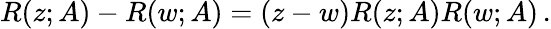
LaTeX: R(z;A)-R(w;A)=(z-w)R(z;A)R(w;A)\, .